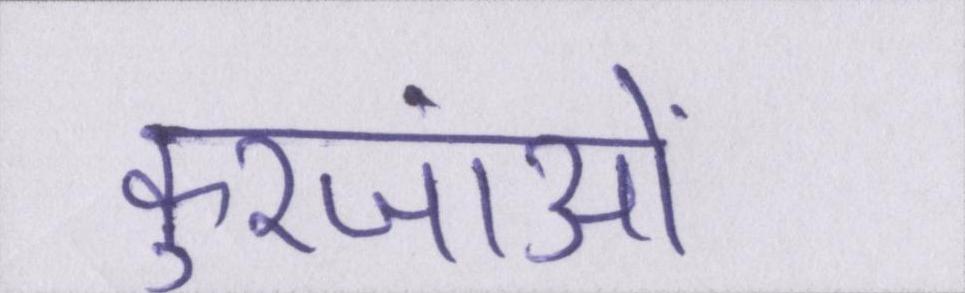
कुरजांओं